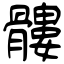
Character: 髏